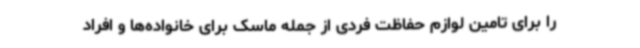
را برای تامین لوازم حفاظت فردی از جمله ماسک برای خانواده‌ها و افراد